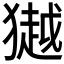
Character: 𭸩